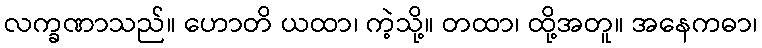
လက္ခဏာသည်။ ဟောတိ ယထာ၊ ကဲ့သို့။ တထာ၊ ထို့အတူ။ အနေကဓာ၊